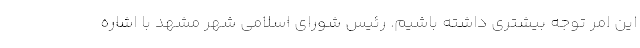
این امر توجه بیشتری داشته باشیم. رئیس شورای اسلامی شهر مشهد با اشاره